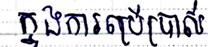
ក្នុងការប្រើប្រាស់